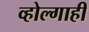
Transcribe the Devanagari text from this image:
व्होल्गाही